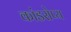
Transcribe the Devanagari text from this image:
कांडरोप्य